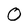
Character: O